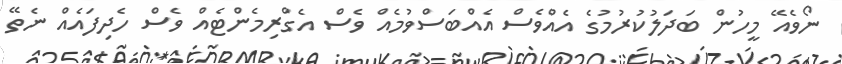
ނޯވެއޭ މީހުން ބަދަލުކުރުމުގެ އެއްވެސް އެއްބަސްވުމެއް ވެސް އެގްރިމެންޓެއް ވެސް ހެދިފައެއް ނެތޭ